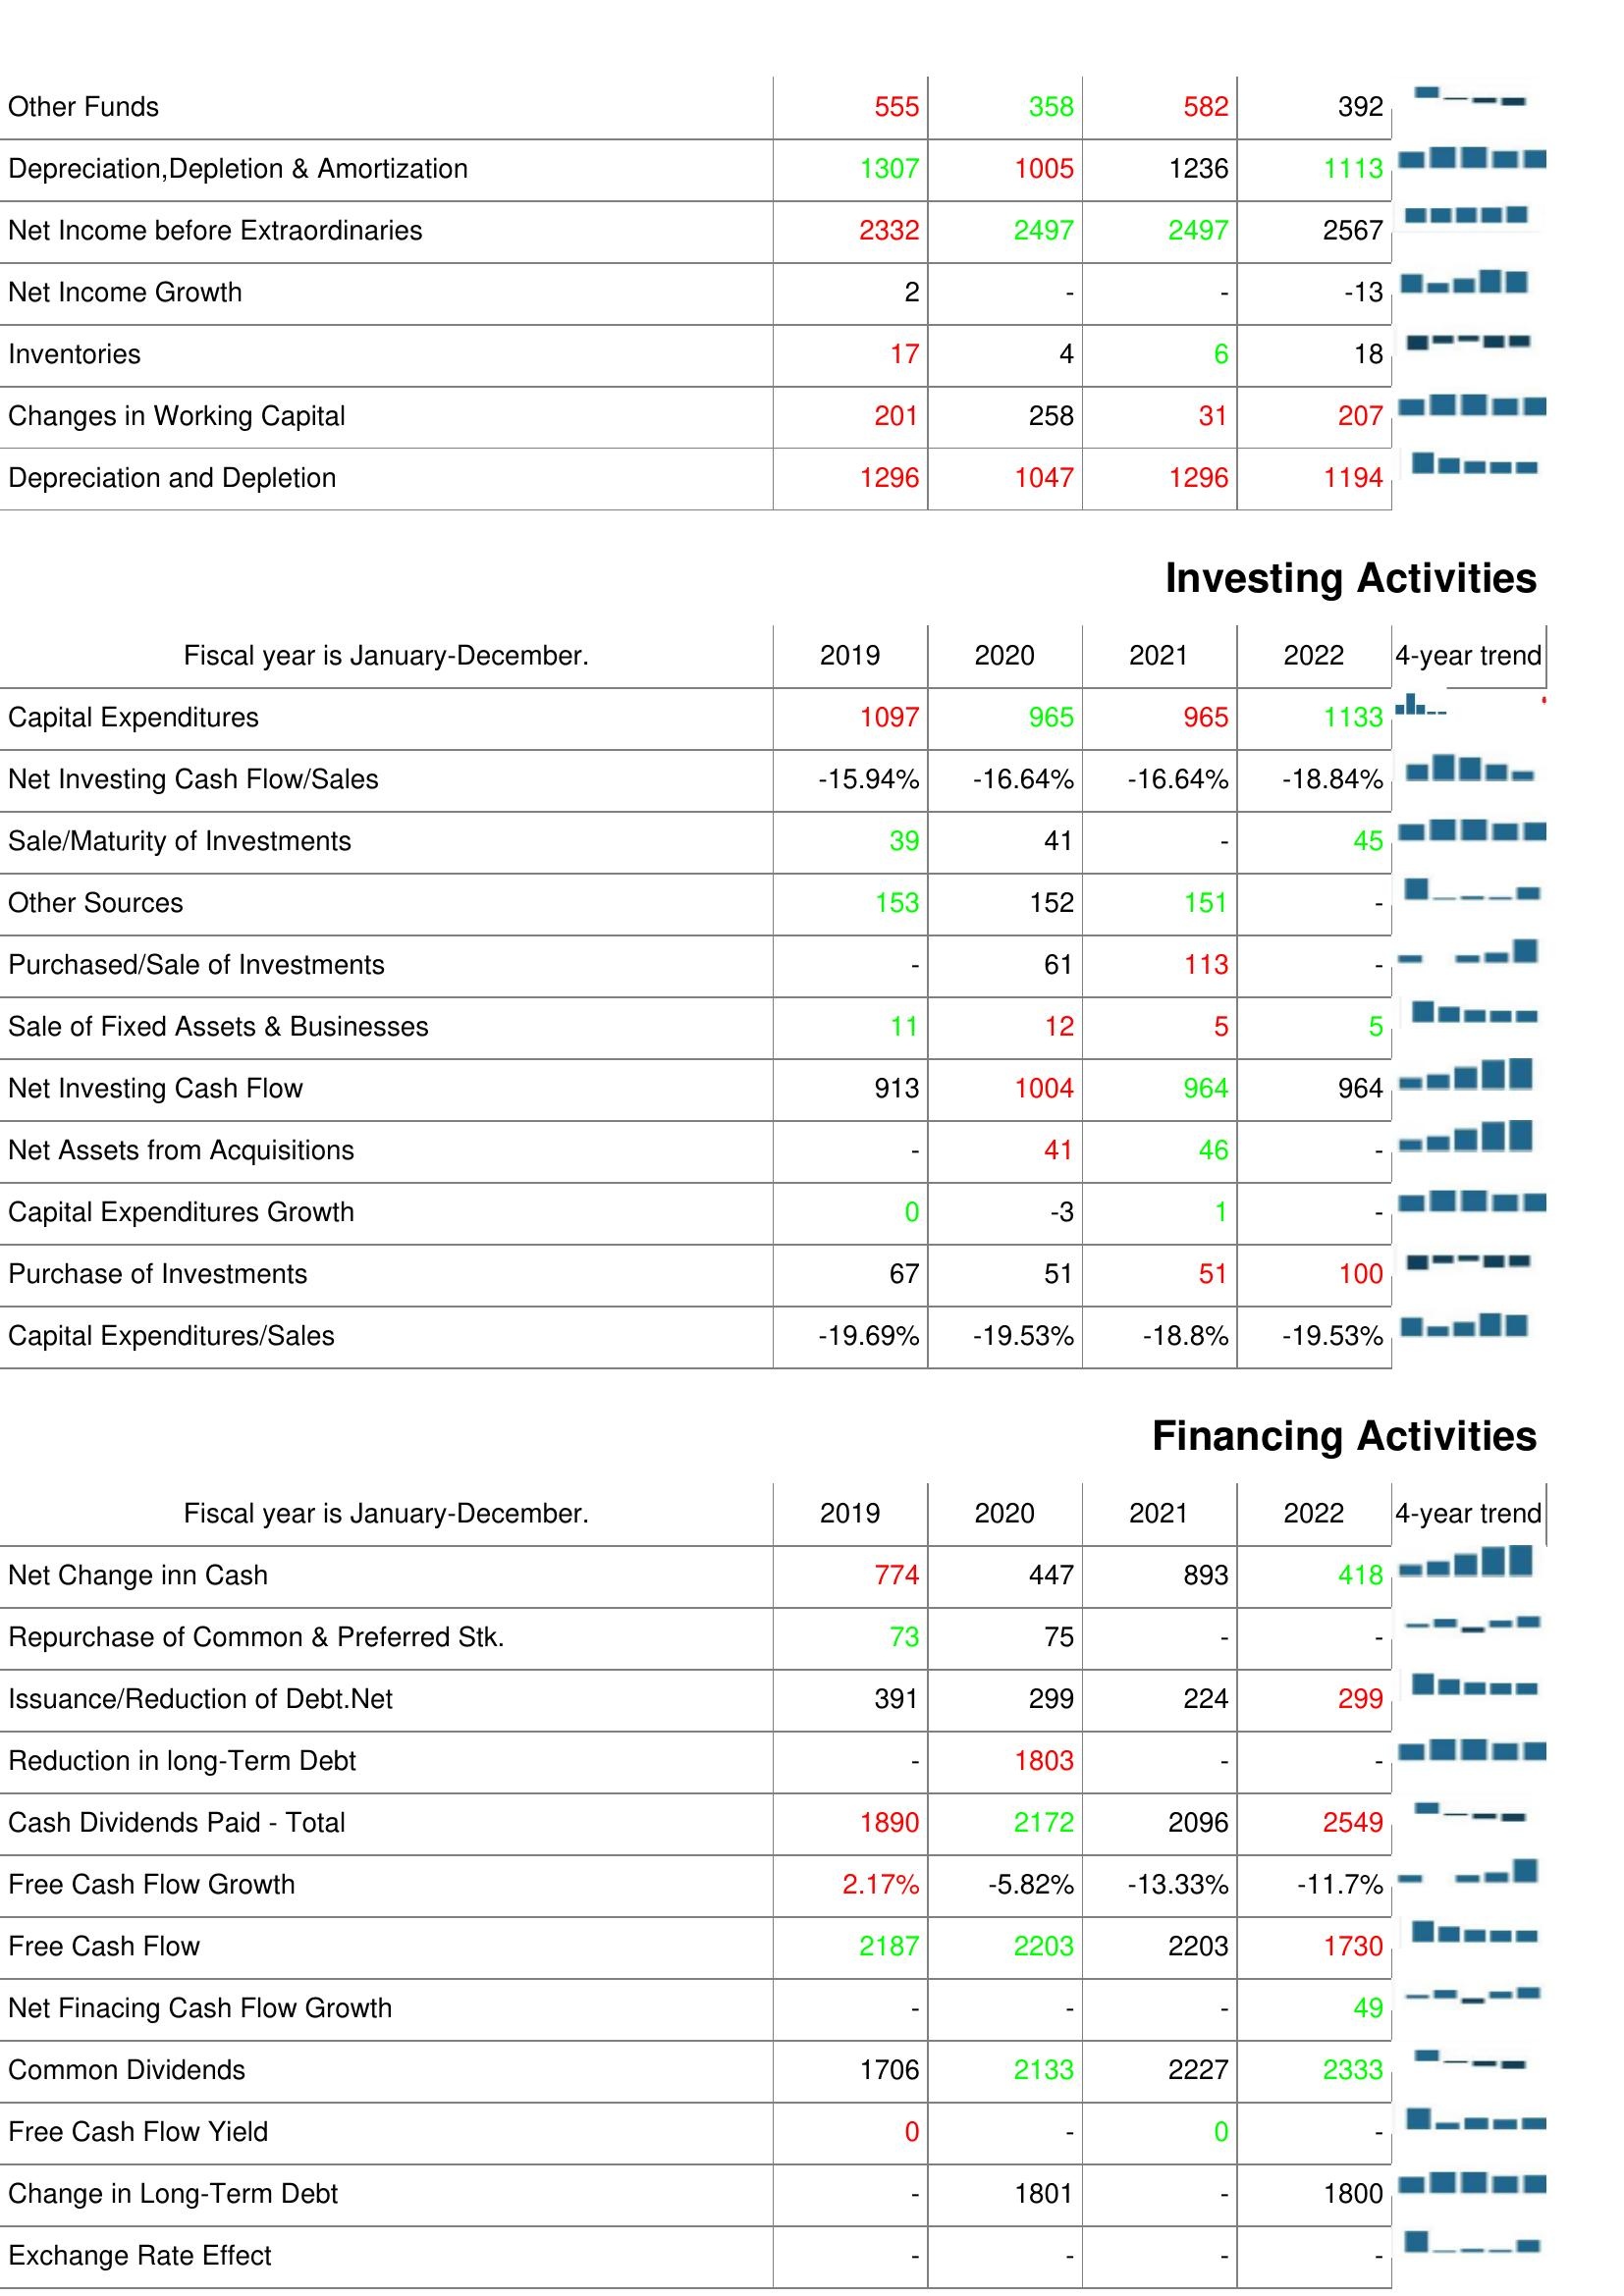
2019: Operating Activities: Other Funds: 555
Depreciation,Depletion & Amortization: 1307
Net Income before Extraordinaries: 2332
Net Income Growth: 2
Inventories: 17
Changes in Working Capital: 201
Depreciation and Depletion: 1296
Investing Activities: Capital Expenditures: 1097
Net Investing Cash Flow/Sales: -15.94%
Sale/Maturity of Investments: 39
Other Sources: 153
Purchased/Sale of Investments: -
Sale of Fixed Assets & Businesses: 11
Net Investing Cash Flow: 913
Net Assets from Acquisitions: -
Capital Expenditures Growth: 0
Purchase of Investments: 67
Capital Expenditures/Sales: -19.69%
Financing Activities: Net Change inn Cash: 774
Repurchase of Common & Preferred Stk.: 73
Issuance/Reduction of Debt.Net: 391
Reduction in long-Term Debt: -
Cash Dividends Paid - Total: 1890
Free Cash Flow Growth: 2.17%
Free Cash Flow: 2187
Net Finacing Cash Flow Growth: -
Common Dividends: 1706
Free Cash Flow Yield: 0
Change in Long-Term Debt: -
Exchange Rate Effect: -
2020: Operating Activities: Other Funds: 358
Depreciation,Depletion & Amortization: 1005
Net Income before Extraordinaries: 2497
Net Income Growth: -
Inventories: 4
Changes in Working Capital: 258
Depreciation and Depletion: 1047
Investing Activities: Capital Expenditures: 965
Net Investing Cash Flow/Sales: -16.64%
Sale/Maturity of Investments: 41
Other Sources: 152
Purchased/Sale of Investments: 61
Sale of Fixed Assets & Businesses: 12
Net Investing Cash Flow: 1004
Net Assets from Acquisitions: 41
Capital Expenditures Growth: -3
Purchase of Investments: 51
Capital Expenditures/Sales: -19.53%
Financing Activities: Net Change inn Cash: 447
Repurchase of Common & Preferred Stk.: 75
Issuance/Reduction of Debt.Net: 299
Reduction in long-Term Debt: 1803
Cash Dividends Paid - Total: 2172
Free Cash Flow Growth: -5.82%
Free Cash Flow: 2203
Net Finacing Cash Flow Growth: -
Common Dividends: 2133
Free Cash Flow Yield: -
Change in Long-Term Debt: 1801
Exchange Rate Effect: -
2021: Operating Activities: Other Funds: 582
Depreciation,Depletion & Amortization: 1236
Net Income before Extraordinaries: 2497
Net Income Growth: -
Inventories: 6
Changes in Working Capital: 31
Depreciation and Depletion: 1296
Investing Activities: Capital Expenditures: 965
Net Investing Cash Flow/Sales: -16.64%
Sale/Maturity of Investments: -
Other Sources: 151
Purchased/Sale of Investments: 113
Sale of Fixed Assets & Businesses: 5
Net Investing Cash Flow: 964
Net Assets from Acquisitions: 46
Capital Expenditures Growth: 1
Purchase of Investments: 51
Capital Expenditures/Sales: -18.8%
Financing Activities: Net Change inn Cash: 893
Repurchase of Common & Preferred Stk.: -
Issuance/Reduction of Debt.Net: 224
Reduction in long-Term Debt: -
Cash Dividends Paid - Total: 2096
Free Cash Flow Growth: -13.33%
Free Cash Flow: 2203
Net Finacing Cash Flow Growth: -
Common Dividends: 2227
Free Cash Flow Yield: 0
Change in Long-Term Debt: -
Exchange Rate Effect: -
2022: Operating Activities: Other Funds: 392
Depreciation,Depletion & Amortization: 1113
Net Income before Extraordinaries: 2567
Net Income Growth: -13
Inventories: 18
Changes in Working Capital: 207
Depreciation and Depletion: 1194
Investing Activities: Capital Expenditures: 1133
Net Investing Cash Flow/Sales: -18.84%
Sale/Maturity of Investments: 45
Other Sources: -
Purchased/Sale of Investments: -
Sale of Fixed Assets & Businesses: 5
Net Investing Cash Flow: 964
Net Assets from Acquisitions: -
Capital Expenditures Growth: -
Purchase of Investments: 100
Capital Expenditures/Sales: -19.53%
Financing Activities: Net Change inn Cash: 418
Repurchase of Common & Preferred Stk.: -
Issuance/Reduction of Debt.Net: 299
Reduction in long-Term Debt: -
Cash Dividends Paid - Total: 2549
Free Cash Flow Growth: -11.7%
Free Cash Flow: 1730
Net Finacing Cash Flow Growth: 49
Common Dividends: 2333
Free Cash Flow Yield: -
Change in Long-Term Debt: 1800
Exchange Rate Effect: -